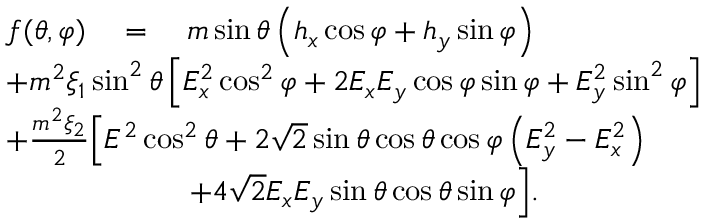
\begin{array} { r l } & { f ( \theta , \varphi ) \quad = \quad m \sin \theta \left( h _ { x } \cos \varphi + h _ { y } \sin \varphi \right) } \\ & { + m ^ { 2 } \xi _ { 1 } \sin ^ { 2 } \theta \left[ E _ { x } ^ { 2 } \cos ^ { 2 } \varphi + 2 E _ { x } E _ { y } \cos \varphi \sin \varphi + E _ { y } ^ { 2 } \sin ^ { 2 } \varphi \right] } \\ & { + \frac { m ^ { 2 } \xi _ { 2 } } { 2 } \Big [ E ^ { 2 } \cos ^ { 2 } \theta + 2 \sqrt { 2 } \sin \theta \cos \theta \cos \varphi \left( E _ { y } ^ { 2 } - E _ { x } ^ { 2 } \right) } \\ & { \qquad \qquad \qquad + 4 \sqrt { 2 } E _ { x } E _ { y } \sin \theta \cos \theta \sin \varphi \Big ] . } \end{array} \raisetag { 1 \baselineskip }